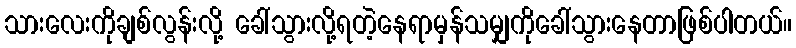
သားလေးကိုချစ်လွန်းလို့ ခေါ်သွားလို့ရတဲ့နေရာမှန်သမျှကိုခေါ်သွားနေတာဖြစ်ပါတယ်။